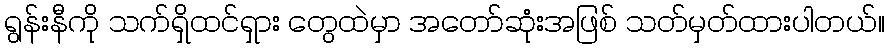
ရွန်းနီကို သက်ရှိထင်ရှား တွေထဲမှာ အတော်ဆုံးအဖြစ် သတ်မှတ်ထားပါတယ်။